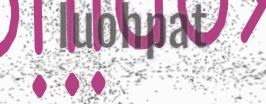
luohpat